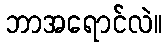
ဘာအရောင်လဲ။